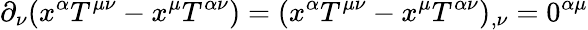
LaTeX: \partial_{\nu}(x^{\alpha}T^{\mu\nu}-x^{\mu}T^{\alpha\nu})=(x^{\alpha}T^{\mu\nu}-x^{\mu}T^{\alpha\nu})_{,\nu}=0^{\alpha\mu}